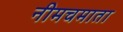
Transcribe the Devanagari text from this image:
नीमचमाता